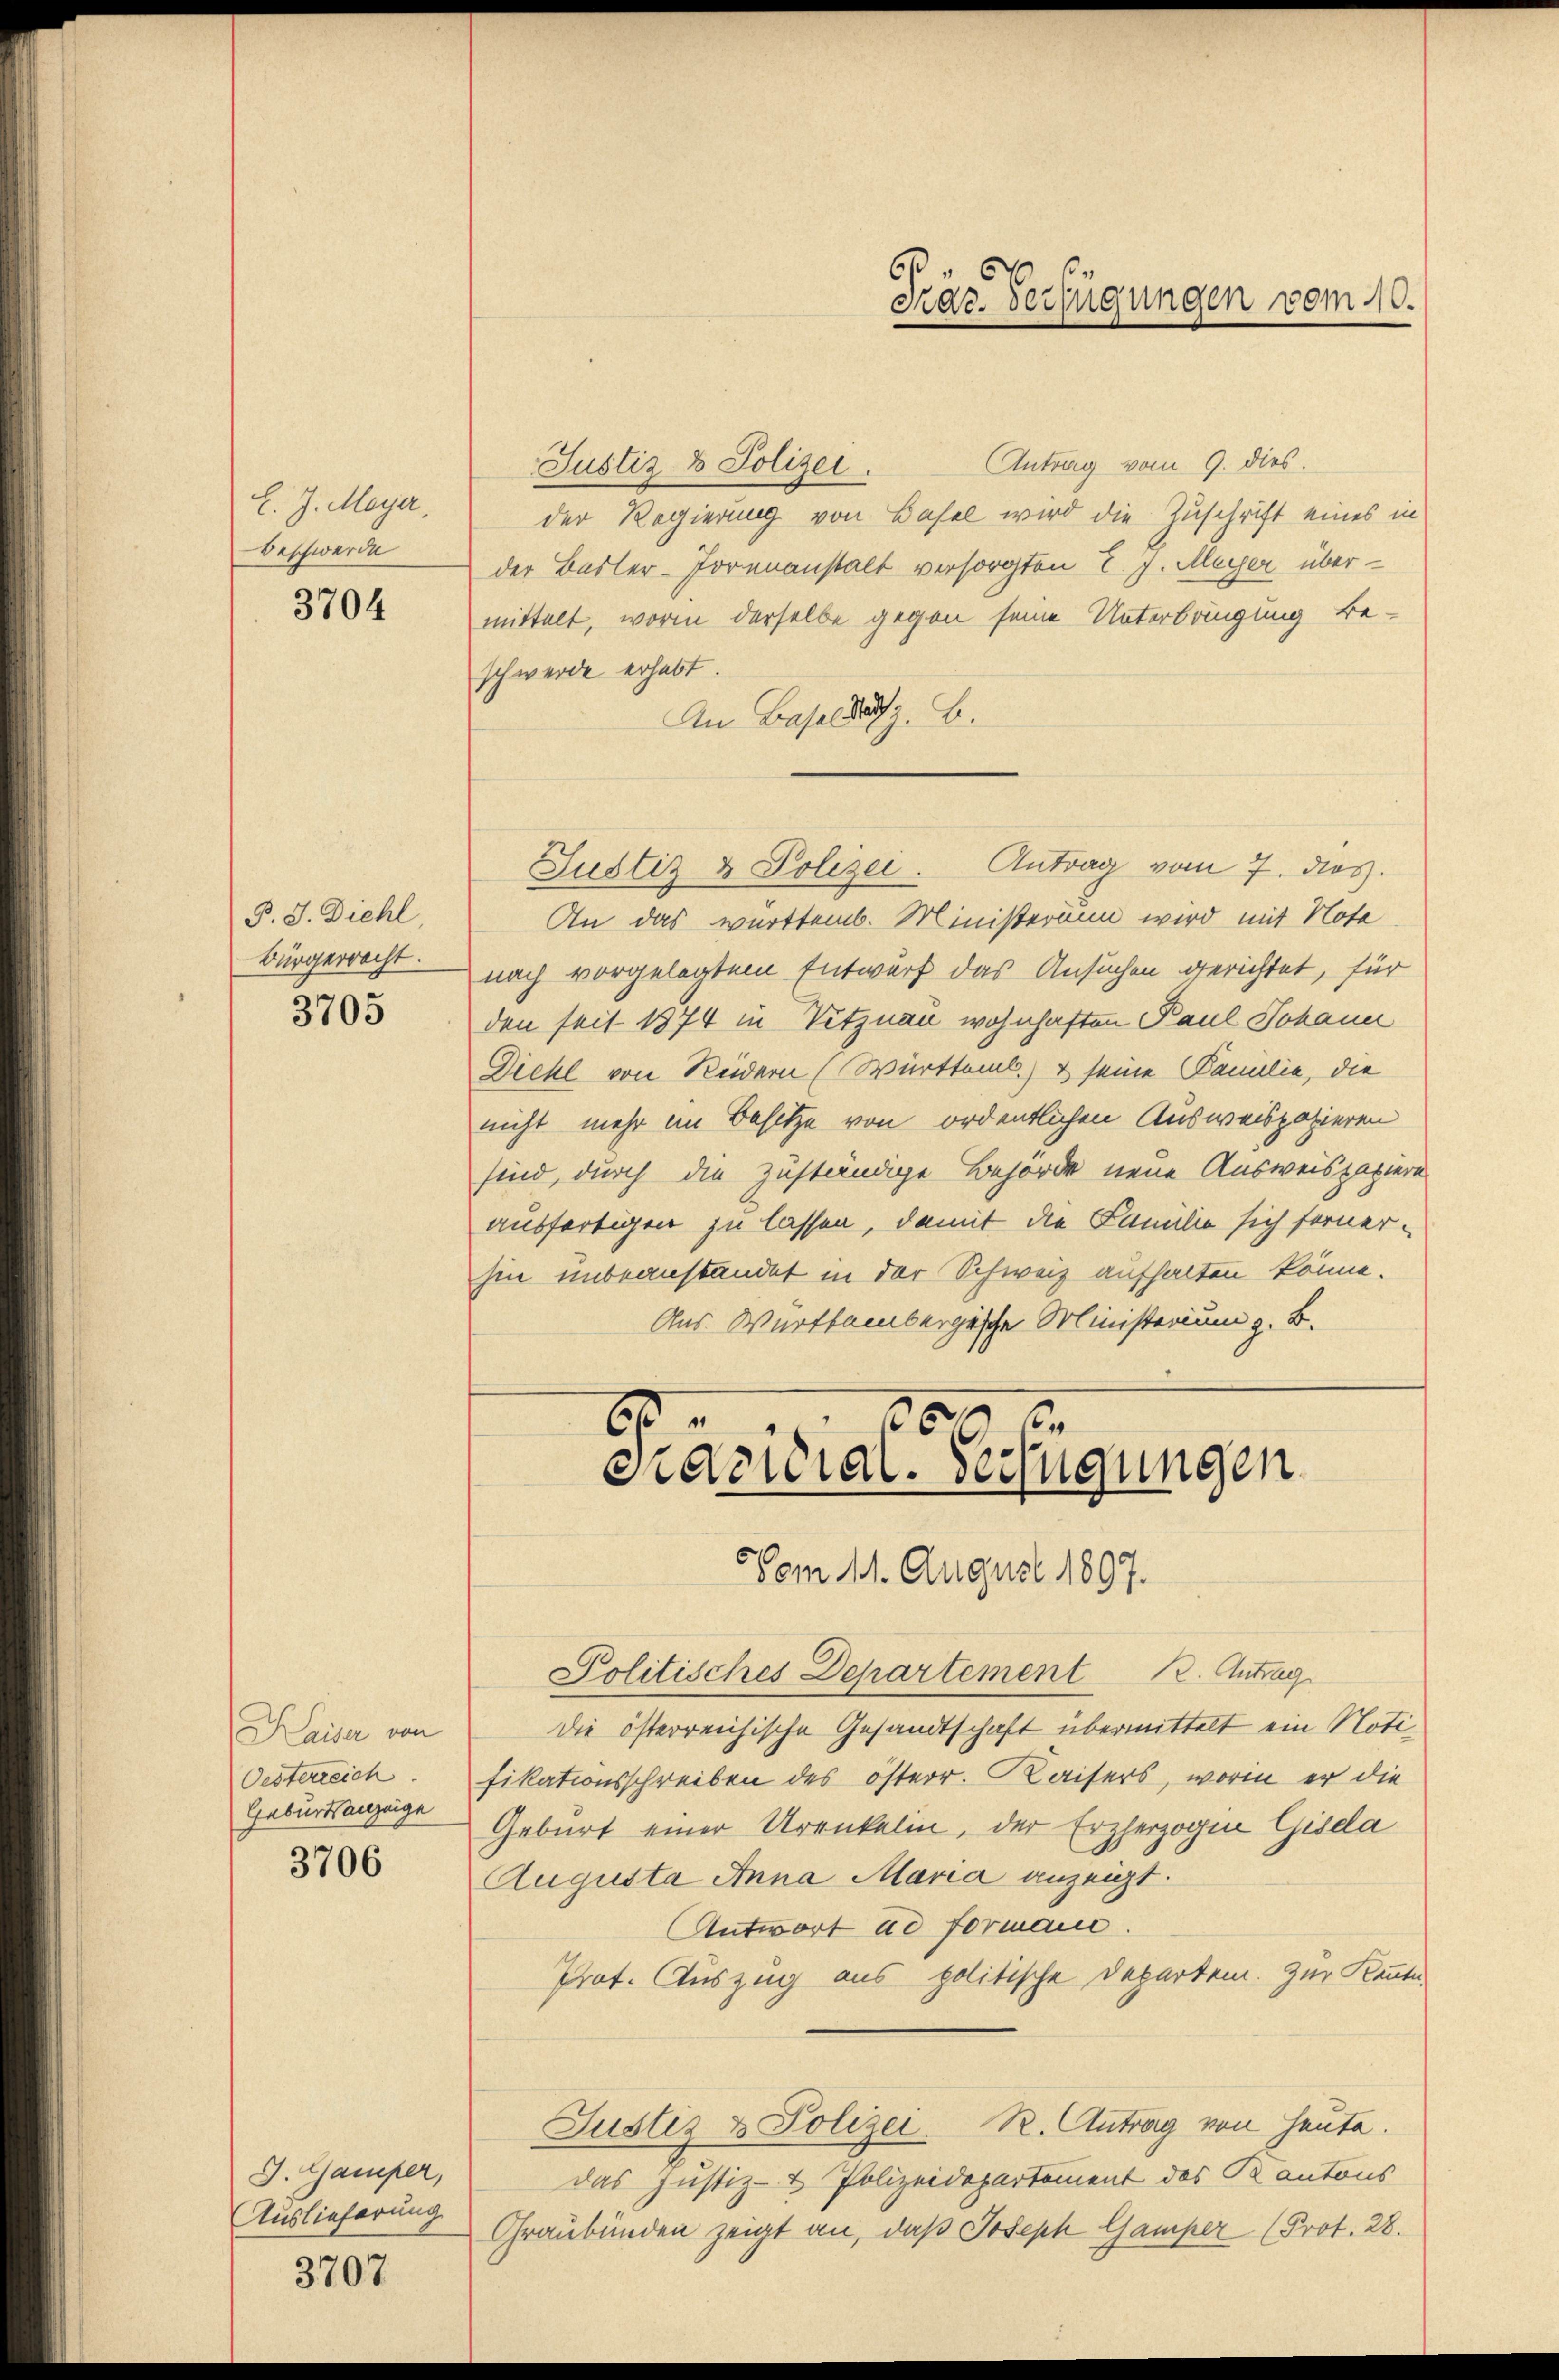
l. J. Meyer,
Beschwerde

3704

P. J. Diehl
Bürgerracht.

3705

Kaiser von
Oesterreich.
Geburtsanzeige

3706

G. Gamper,
Auslieferung

3707

Antrag vom 9. dies.
Justiz & Polizei.
der Regierung von Basel wird die Zuschrift eines in
der Basler-Horenanstalt versorgten T. J. Meyer übermittelt, worin derselbe gegen seine Unterbringung be-
schwerde erhabt.
An Basel das z. B.
An das württemb. Ministerium wird mit Nota
nach vorgelegtem Entwurf das Ansuchen gerichtet, für
den seit 1874 in Vitznau wohnhaften Paul Johann
Diehl von Reidern (Württemb. & seine Familie, die
nicht mehr im Besitze von ordentlichen Ausweispapieren
sind, durch die zuständige Behörde neue Ausweispapiere
ausfertigen zu lassen, damit die Familie sich ferner-
hin unbeanstandet in der Schweiz aufhalten könne.
Aus Württembergische Ministerium z. B.

Justiz & Polizei. Antrag vom 7. dies

Fräs. Verfügungen vom 10.

Politisches Departement 12. Antrag
die österreichische Gesandtschaft übermittelt ein Notifikationsschreiben des österr. Kaisers, worin er die
Geburt einer Urenkelin, der Erzherzogen Gisda
Augusta Anna Maria anzeigt.
Antwort ad formane
Prot. Auszug aus politische Departei. Zur Kennte
Justiz & Polizei. R. Antrag von heute.
das Justiz- & Polizeidepartement des Kantons
Graubünden zeigt an, daß Joseph Gamper (Prot. 28.

6
84 x
Pracidial-Verfügungen
Vom 11. August 1897.